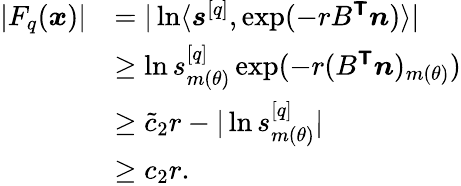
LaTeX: \begin{array}{rl}{|F_{q}(\boldsymbol{x})|}&{=|\ln\langle\boldsymbol{s}^{[q]},\exp(-rB^{\boldsymbol{\mathsf{T}}}\boldsymbol{n})\rangle|}\\ &{\ge\ln s_{m({\theta})}^{[q]}\exp(-r(B^{\boldsymbol{\mathsf{T}}}\boldsymbol{n})_{m({\theta})})}\\ &{\ge\tilde{c}_{2}r-|\ln s_{m({\theta})}^{[q]}|}\\ &{\ge c_{2}r.}\end{array}